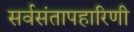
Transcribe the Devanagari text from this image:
सर्वसंतापहारिणी